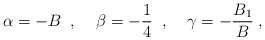
\begin{align*}\alpha=-B\;\;,\;\;\;\;\beta=-\frac{1}{4}\;\;,\;\;\;\;\gamma=-\frac{B_1}{B}\;,\end{align*}